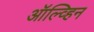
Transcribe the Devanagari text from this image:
ऑल्व्हिन